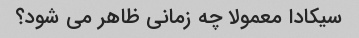
سیکادا معمولا چه زمانی ظاهر می شود؟